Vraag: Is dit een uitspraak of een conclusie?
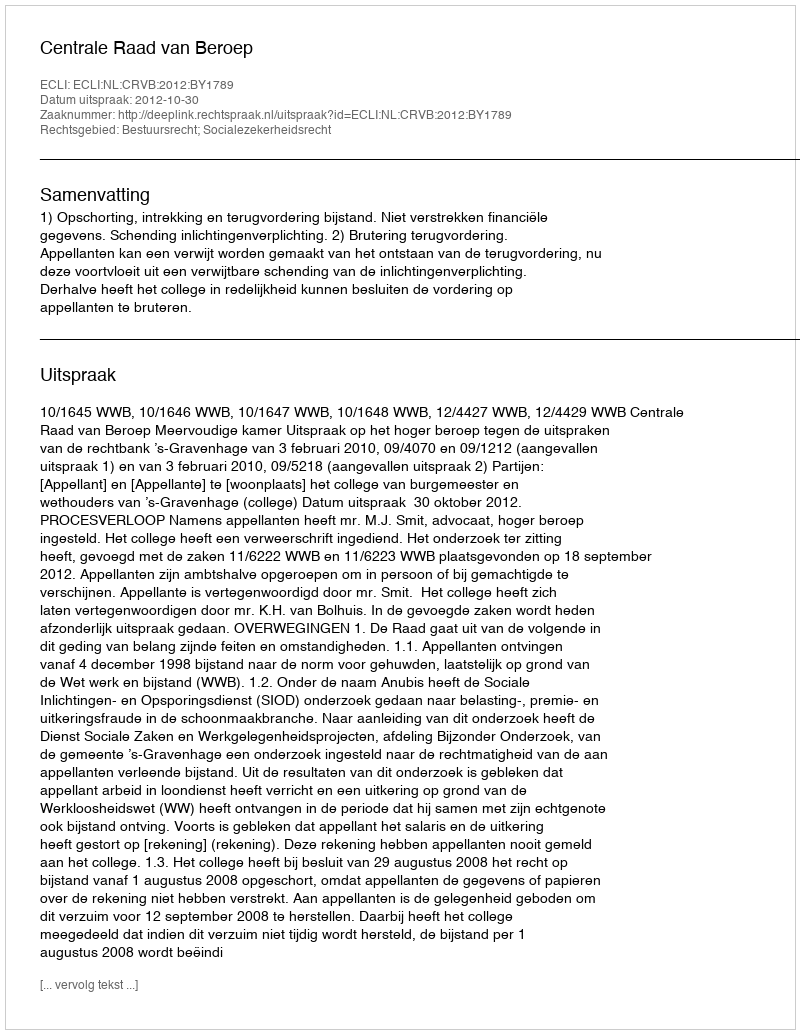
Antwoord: Uitspraak